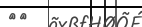
٩٢